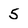
Character: 5